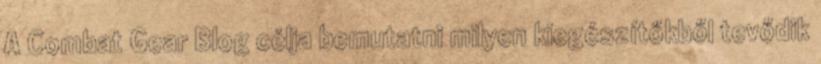
A Combat Gear Blog célja bemutatni milyen kiegészítőkből tevődik